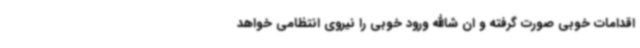
اقدامات خوبی صورت گرفته و ان شاالله ورود خوبی را نیروی انتظامی خواهد